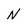
Character: N